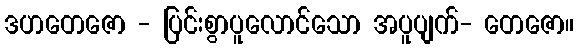
ဒဟတေဇော - ပြင်းစွာပူလောင်သော အပူပျက်- တေဇော။